Plague in India, 1896, 1897 - Volume 3
Year: 1896
Disease focus: Plague
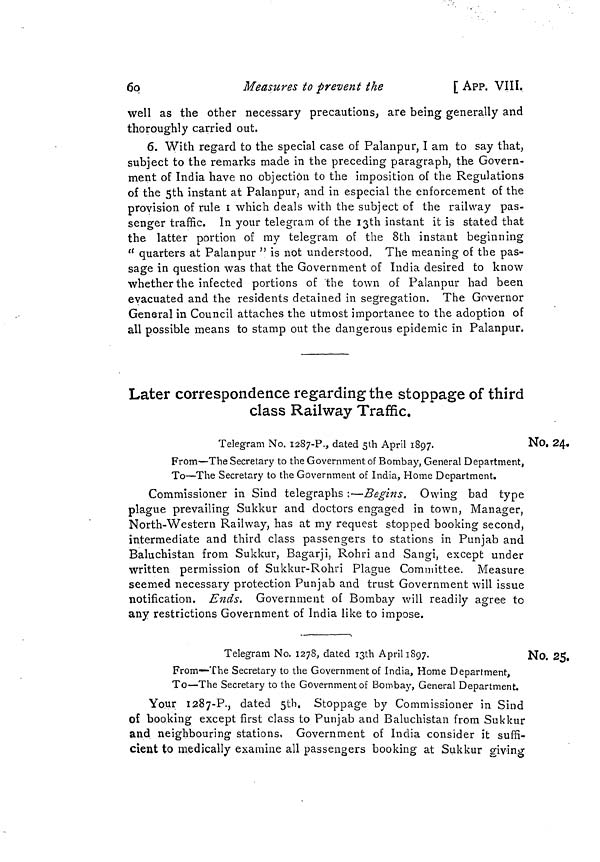
60
Measures to prevent the
[ APP. VIII.
well as the other necessary precautions, are being generally and
thoroughly carried out.
6. With regard to the special case of Palanpur, I am to say that,
subject to the remarks made in the preceding paragraph, the Govern-
ment of India have no objection to the imposition of the Regulations
of the 5th instant at Palanpur, and in especial the enforcement of the
provision of rule I which deals with the subject of the railway pas-
senger traffic. In your telegram of the 13th instant it is stated that
the latter portion of my telegram of the 8th instant beginning
" quarters at Palanpur " is not understood. The meaning of the pas-
sage in question was that the Government of India desired to know
whether the infected portions of the town of Palanpur had been
evacuated and the residents detained in segregation. The Governor
General in Council attaches the utmost importance to the adoption of
all possible means to stamp out the dangerous epidemic in Palanpur.
Later correspondence regarding the stoppage of third
class Railway Traffic.
No. 24.
Telegram No. 1287-P., dated 5th April 1897.
From—The Secretary to the Government of Bombay, General Department,
To—The Secretary to the Government of India, Home Department.
Commissioner in Sind telegraphs :—Begins. Owing bad type
plague prevailing Sukkur and doctors engaged in town, Manager,
North-Western Railway, has at my request stopped booking second,
intermediate and third class passengers to stations in Punjab and
Baluchistan from Sukkur, Bagarji, Rohri and Sangi, except under
written permission of Sukkur-Rohri Plague Committee. Measure
seemed necessary protection Punjab and trust Government will issue
notification. Ends. Government of Bombay will readily agree to
any restrictions Government of India like to impose.
No. 25.
Telegram No. 1278, dated 13th April 1897.
From—The Secretary to the Government of India, Home Department,
To—The Secretary to the Government of Bombay, General Department.
Your 1287-P., dated 5th. Stoppage by Commissioner in Sind
of booking except first class to Punjab and Baluchistan from Sukkur
and neighbouring stations, Government of India consider it suffi-
cient to medically examine all passengers booking at Sukkur giving